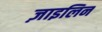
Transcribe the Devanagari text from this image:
ज़ाइलिन